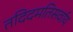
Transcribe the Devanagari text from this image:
तदिदमतिसर्वाय